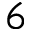
6